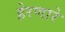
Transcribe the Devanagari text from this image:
हेरणारे